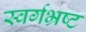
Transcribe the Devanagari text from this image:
स्वर्गभ्रष्ट